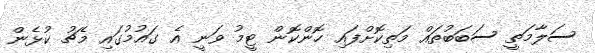
ސަލާމަތީ ސަބަބުތައް މަތިކޮށްފައި ހޮންކޮން ޓީމު ވަނީ އެ ގައުމުގައި މެޗު ކުޅެން